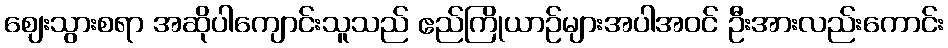
ဈေးသွားစရာ အဆိုပါကျောင်းသူသည် ဧည်ကြိုယာဉ်များအပါအဝင် ဦးအားလည်းကောင်း